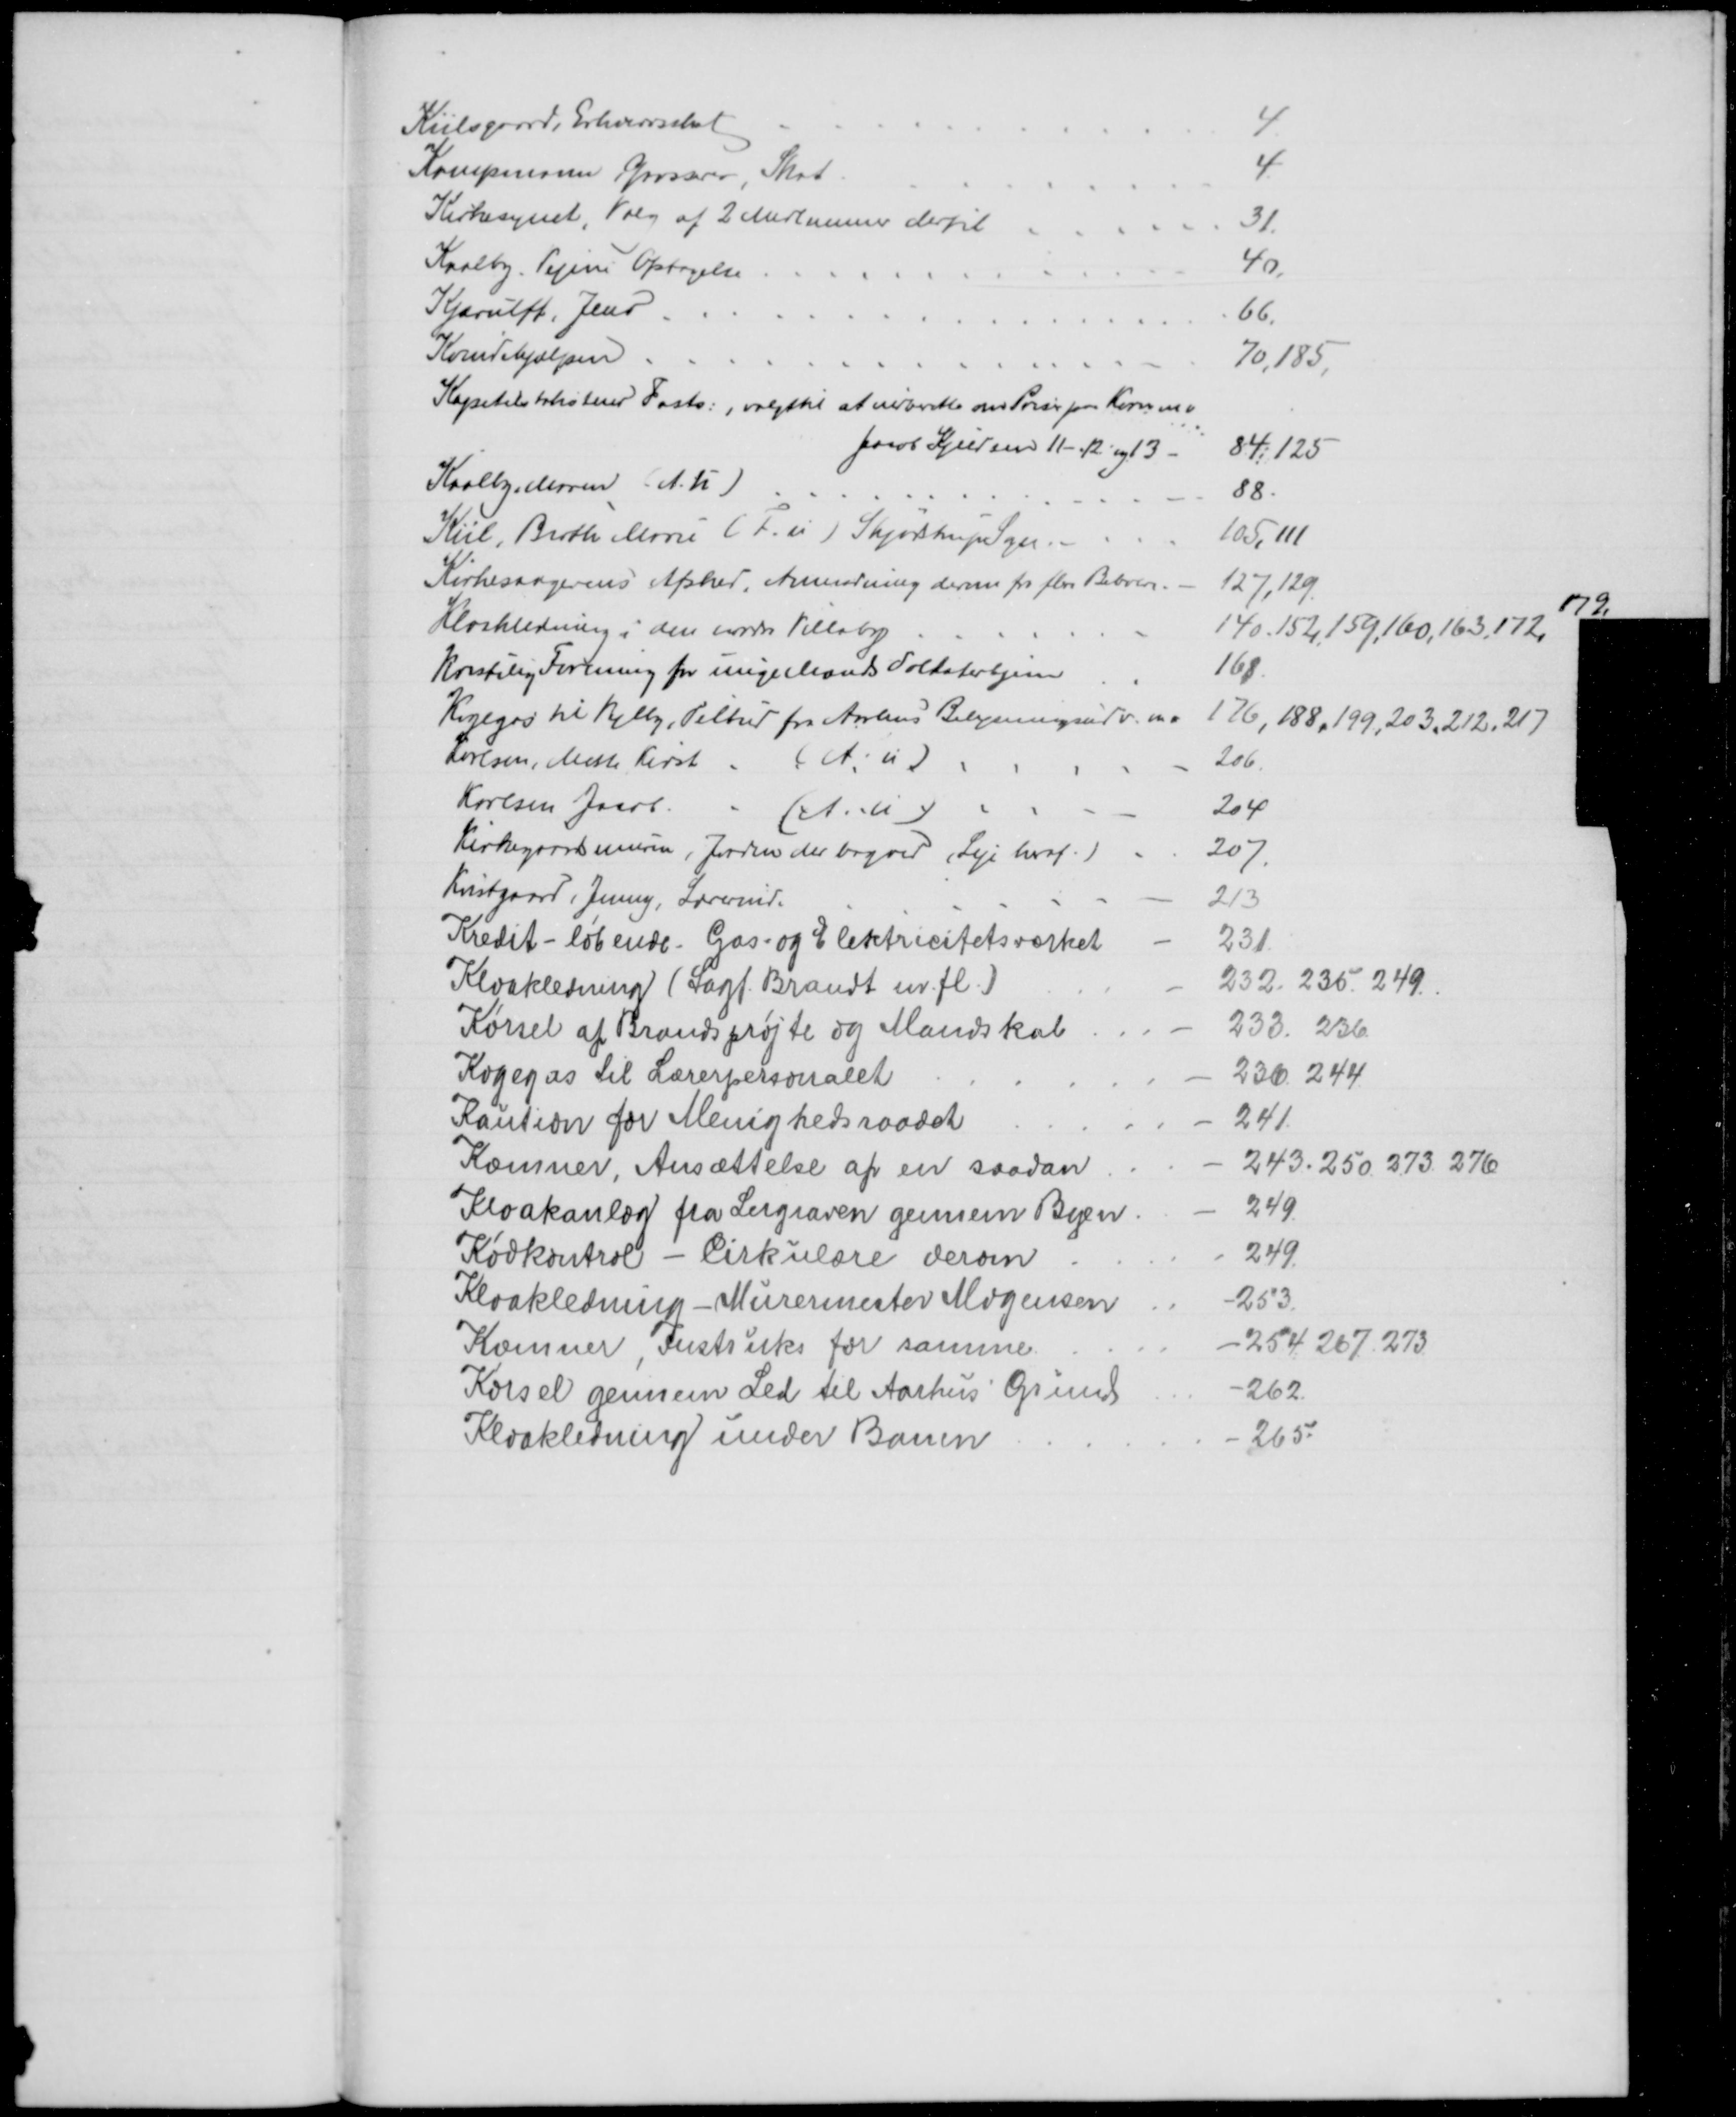
Transskription:
Kiilsgaard, Erhvervsskat
4
Kampmann Grosserer, Skat
4
Kirkesynet, Valg af 2 Medlemmer dertil
31.
Kaalby. Vejens Optagelse
40.
Kjærulff, Jens
66.
Kvindehjælpen
70,185,
Kapitelstakstens Fasts:, valgt til at indberette om Priser paa Korn m.v.
Jacob Kjeldsen 11 - 12 og 13.
84,125
Kaalby Maren (A. U)
88
Kiil, Birthe Marie (F. u) Skjødstrup Sogn
105, 111
Kirkesangerens Afsked, Anmodning derom fra flere Beboere.
127,129.
Kloakledning i den nordre Villaby
140.152,159,160,163,172,
179.
Kristelig Forening for unge Mænds Soldaterhjem
168.
Kogegas til Vejlby, Tilbud fra Aarhus Belysningsudv. m.v
176,188,199, 203, 212, 217
Karlsen, Mette Kirst
(A. u)
206
Karlsen Jacob
(A.u)
204
Kirkegaardsmuren, Jorden der bagved, (Leje heraf)
207
Kvistgaard, Jenny, Lærerinde
213
Kredit- løbende. Gas- og Elektricitetsværket
231
Kloakledning (Sagf. Brandt m. fl.)
232. 236. 249.
Kørsel af Brandsprøjte og Mandskab
233. 236
Kogegas til Lærerpersonalet
236. 244
Kaution for Menighedsraadet
241.
Kæmner, Ansættelse af en saadan
243.250. 273. 276
Kloakanlæg fra Lergraven gennem Byen
249.
Kødkontrol - Cirkulære derom
249.
Kloakledning - Murermester Mogensen
253.
Kæmner, Instruks for samme
254. 267, 273
Kørsel gennem Led til Aarhus Grund
262.
Kloakledning under Banen
265.